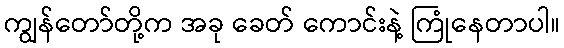
ကျွန်တော်တို့က အခု ခေတ် ကောင်းနဲ့ ကြုံနေတာပါ။